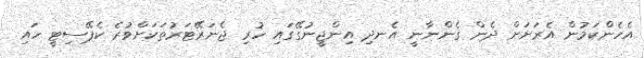
އެހެންކަމުން އެރަށަށް ދެން ގެންނާނީ އެނދި އިންޖީނުގޭގައި ހުރި ޖެނަރޭޓަރުތަކަށްވުރެ ކެޕޭސިޓީ ހައި